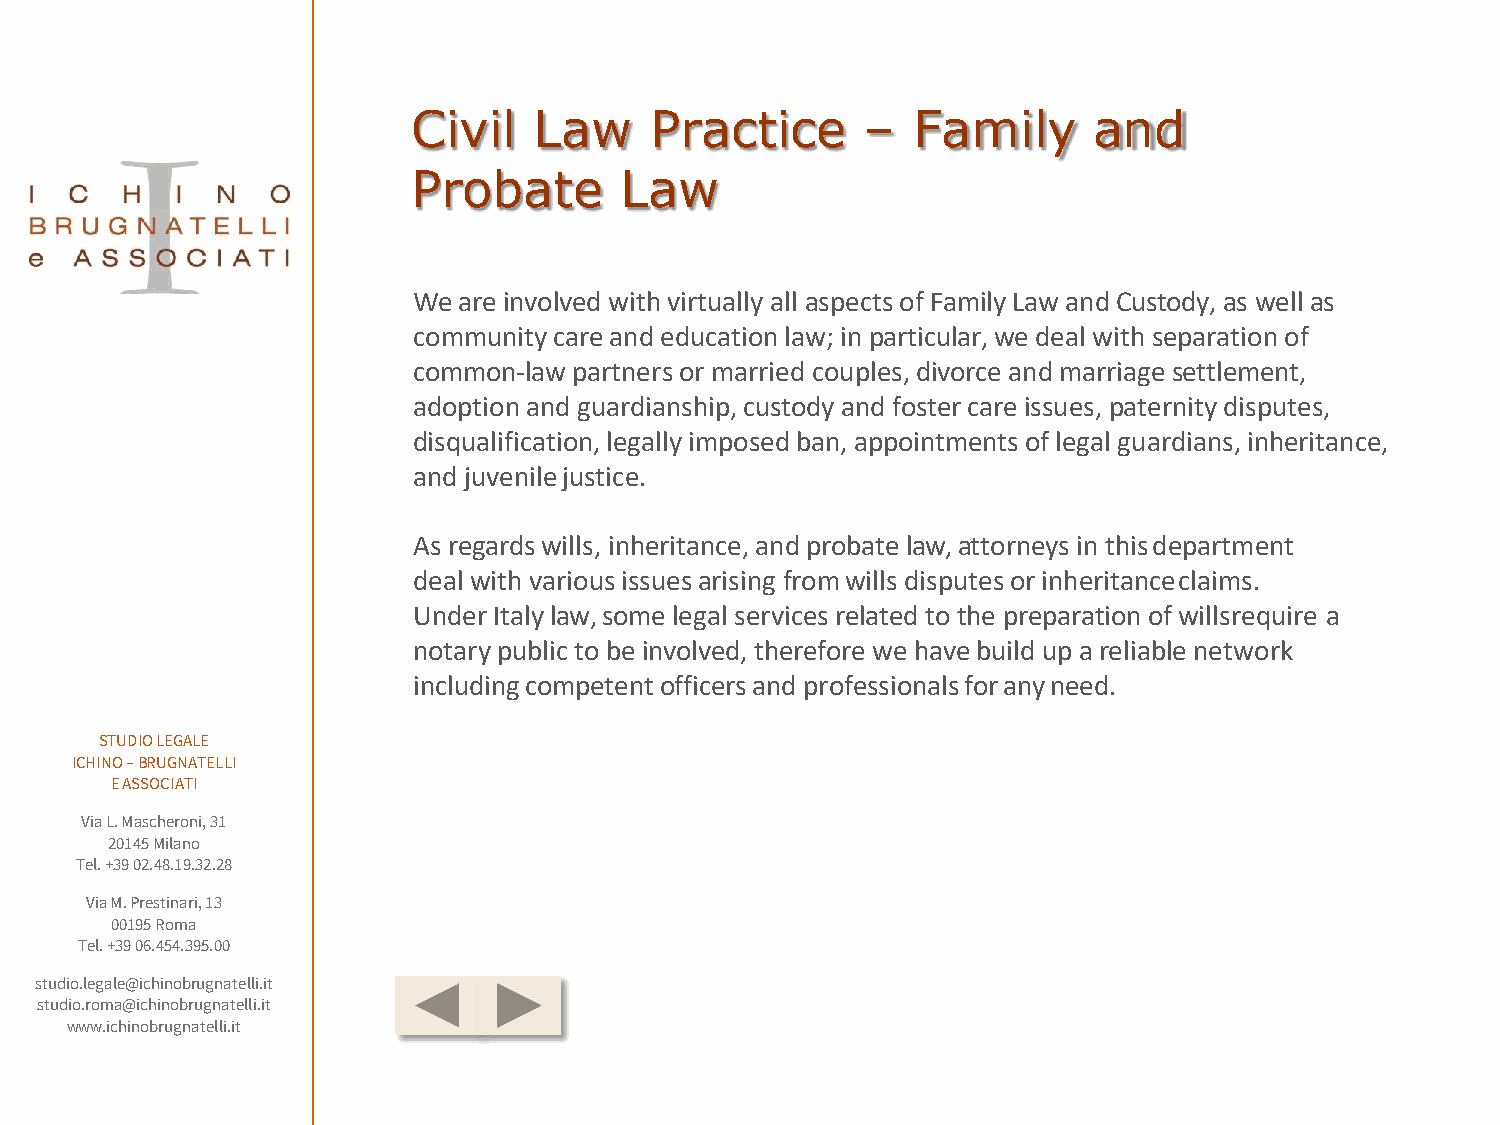
Civil   Law     Practice      –  Family      and
 Probate       Law
 We are involved with virtually all aspects of Family Law and Custody, as well as
 community care and education law; in particular, we deal with separation of
 common-law partners or married couples, divorce and marriage settlement,
 adoption and guardianship, custody and foster care issues, paternity disputes,
 disqualification, legally imposed ban, appointments of legal guardians, inheritance,
 and juvenilejustice.
 As regards wills, inheritance, and probate law, attorneys in thisdepartment
 deal with variousissuesarising fromwills disputesorinheritanceclaims.
 Under Italy law, some legal services related to the preparation of willsrequire a
 notary public to be involved, therefore we have build up a reliable network
 includingcompetentofficersand professionalsforanyneed.
 STUDIO LEGALE
 ICHINO –BRUGNATELLI
 E ASSOCIATI
 Via L. Mascheroni, 31
 20145 Milano
 Tel. +39 02.48.19.32.28
 Via M. Prestinari, 13
 00195 Roma
 Tel. +39 06.454.395.00
 studio.legale@ichinobrugnatelli.it
 studio.roma@ichinobrugnatelli.it
 www.ichinobrugnatelli.it